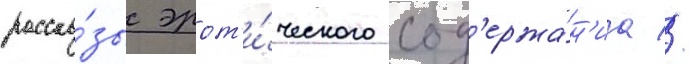
расска́зы эрот'и́ческого сод'ержа́н'иа //